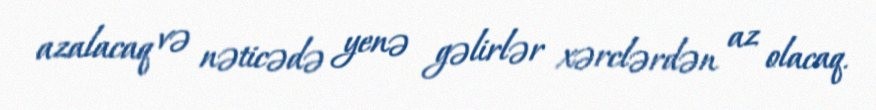
azalacaq və nəticədə yenə gəlirlər xərclərdən az olacaq.